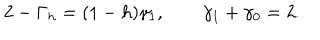
2 - \Gamma _ { h } = ( 1 - h ) \gamma _ { 1 } , \qquad \gamma _ { 1 } + \gamma _ { 0 } = 2 .